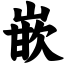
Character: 嵌